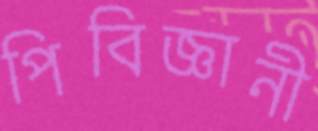
পিবিজ্ঞানী